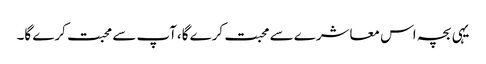
یہی بچہ اس معاشرے سے محبت کرے گا،آپ سے محبت کرے گا۔